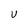
Character: U